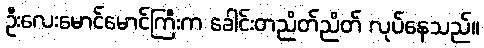
ဦးလေးမောင်မောင်ကြီးက ခေါင်းတညိတ်ညိတ် လုပ်နေသည်။